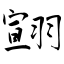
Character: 翧